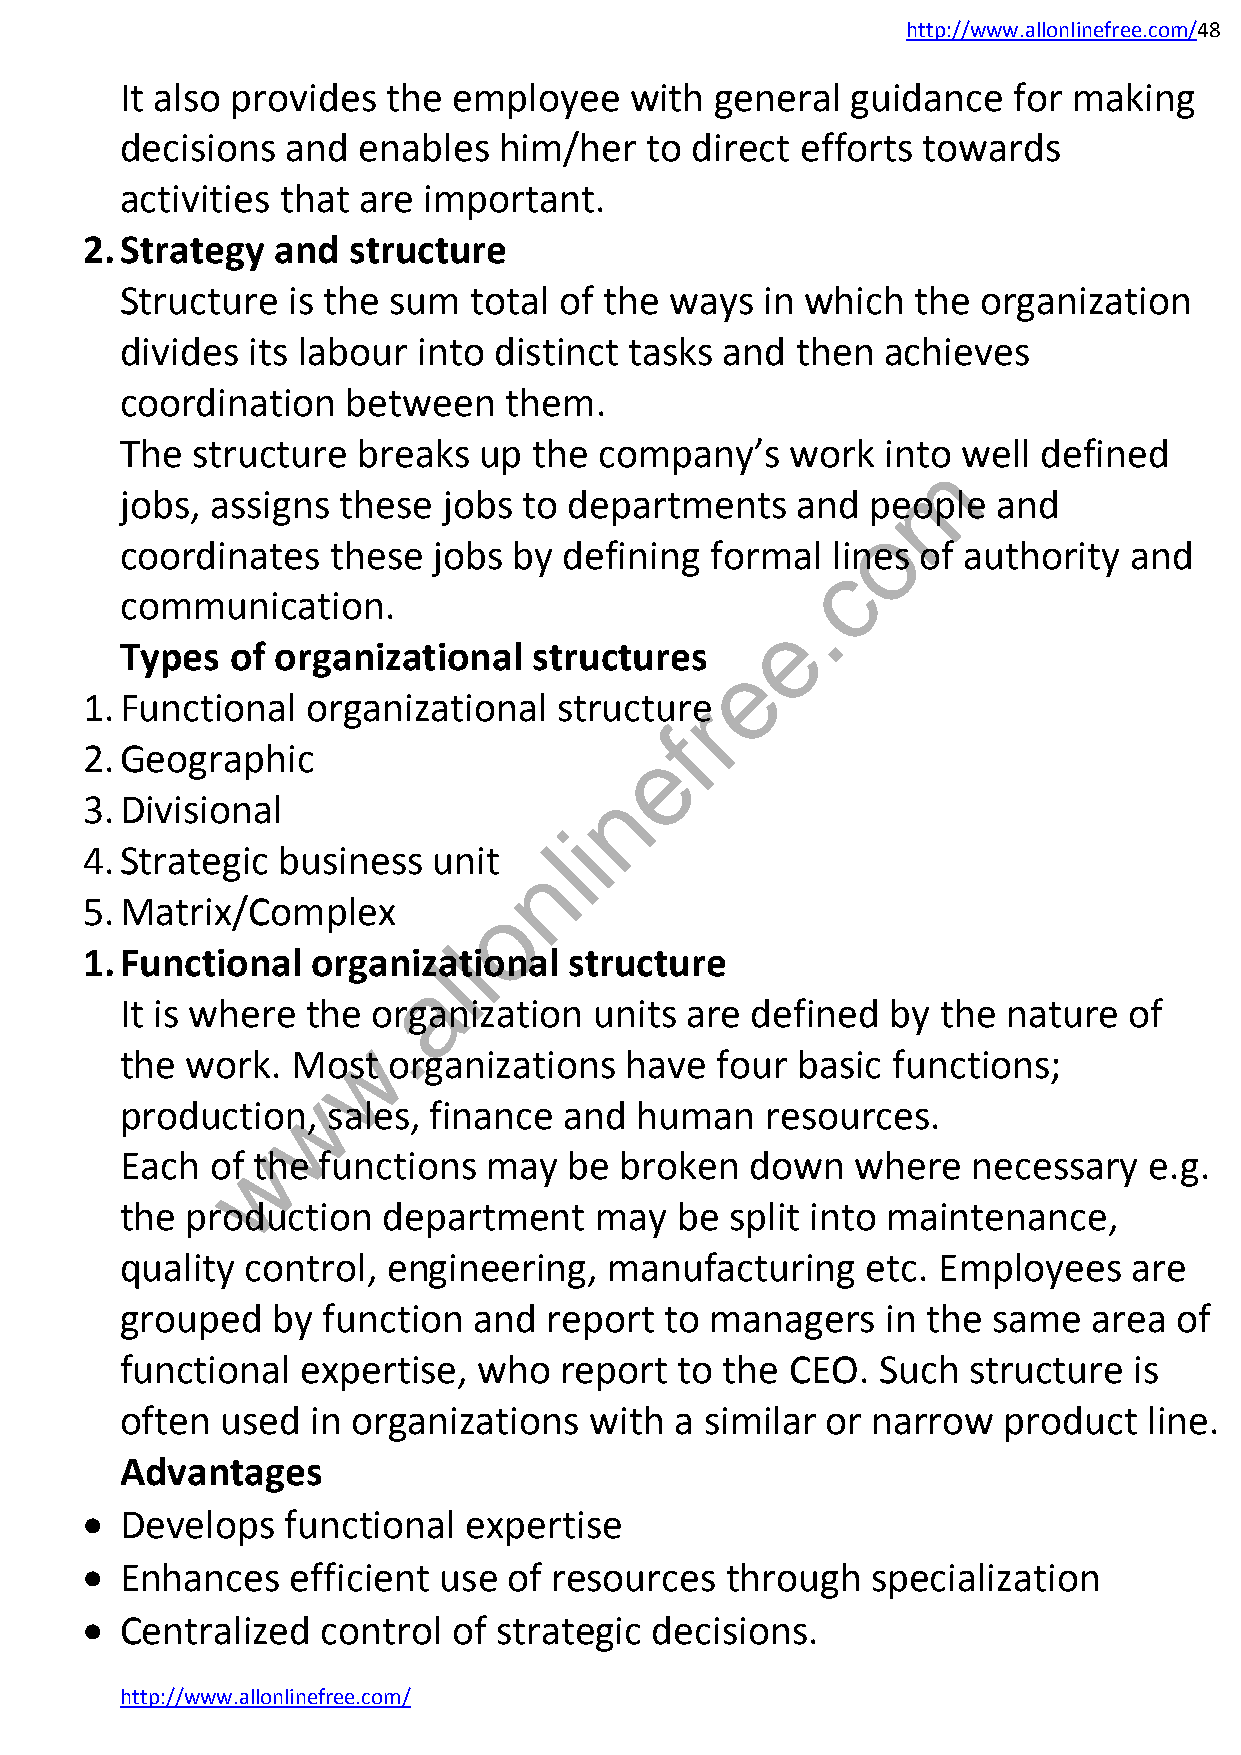
http://www.allonlinefree.com/48
 It also provides  the employee    with general  guidance   for making
 decisions  and  enables  him/her   to direct efforts towards
 activities that are important.
 2. Strategy  and  structure
 Structure  is the sum  total of the ways   in which  the organization
 divides its labour  into distinct tasks and  then  achieves
 coordination   between   them.
 The  structure  breaks  up the  company’s   work   into well defined
 m
 jobs, assigns these  jobs  to departments    and  people  and
 o
 coordinates   these  jobs by defining  formal  lines of authority  and
 c
 communication.                              .
 e
 Types  of organizational   structures
 e
 1. Functional  organizational   structurre
 f
 2. Geographic                         e
 n
 3. Divisional
 i
 4. Strategic business   unit
 l
 n
 5. Matrix/Complex          o
 l
 1. Functional   organizlational  structure
 a
 It is where the  organization  units are  defined  by the  nature  of
 .
 w
 the work.  Most   organizations  have  four  basic functions;
 w
 production,   sales, finance and  human    resources.
 w
 Each  of the functions  may   be broken   down   where  necessary   e.g.
 the production   department    may   be split into maintenance,
 quality control,  engineering,  manufacturing    etc. Employees    are
 grouped   by function  and  report  to managers    in the same  area  of
 functional  expertise,  who  report  to the CEO.  Such  structure  is
 often  used  in organizations  with  a similar or narrow  product   line.
 Advantages
   Develops   functional  expertise
   Enhances   efficient use  of resources  through   specialization
   Centralized  control  of strategic decisions.
 http://www.allonlinefree.com/